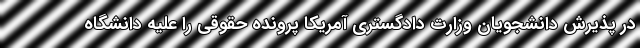
در پذیرش دانشجویان وزارت دادگستری آمریکا پرونده حقوقی را علیه دانشگاه